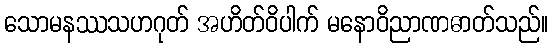
သောမနဿသဟဂုတ် အဟိတ်ဝိပါက် မနောဝိညာဏဓာတ်သည်။